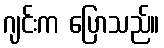
ဂျင်းက ပြောသည်။